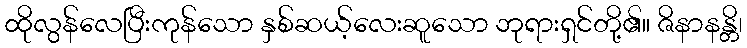
ထိုလွန်လေပြီးကုန်သော နှစ်ဆယ့်လေးဆူသော ဘုရားရှင်တို့၏။ ဇိနာနန္တိ၊